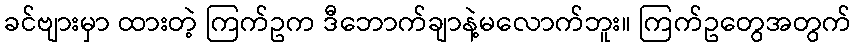
ခင်ဗျားမှာ ထားတဲ့ ကြက်ဥက ဒီဘောက်ချာနဲ့မလောက်ဘူး။ ကြက်ဥတွေအတွက်